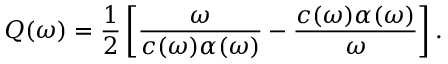
Q ( \omega ) = \frac { 1 } { 2 } \left[ \frac { \omega } { c ( \omega ) \alpha ( \omega ) } - \frac { c ( \omega ) \alpha ( \omega ) } { \omega } \right] .